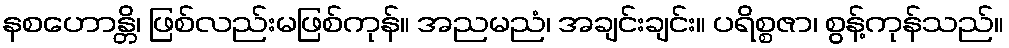
နစဟောန္တိ၊ ဖြစ်လည်းမဖြစ်ကုန်။ အညမညံ၊ အချင်းချင်း။ ပရိစ္စဇာ၊ စွန့်ကုန်သည်။